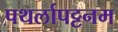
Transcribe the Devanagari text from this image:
पथर्लापट्टनम